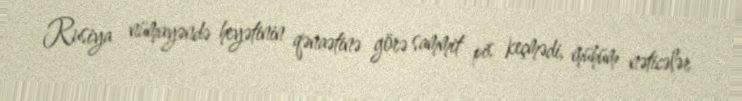
Rusiya nümayəndə heyətinin qənaətinə görə sammit pis keçmədi, mühüm nəticələr